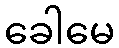
ခေါမေ